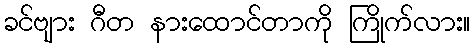
ခင်ဗျား ဂီတ နားထောင်တာကို ကြိုက်လား။